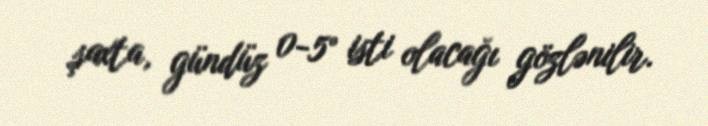
şaxta, gündüz 0-5° isti olacağı gözlənilir.